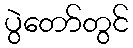
ပွဲတော်တွင်